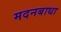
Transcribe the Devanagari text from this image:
मदनबाधा